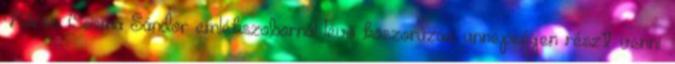
Kőrösi Csoma Sándor emlékszobornál lévő koszorúzási ünnepségen részt venni.